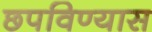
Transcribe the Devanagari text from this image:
छपविण्यास